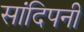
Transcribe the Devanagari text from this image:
सांदिपनी